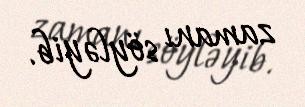
zamanı söyləyib.